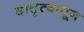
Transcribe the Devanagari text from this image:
दातृत्वातून